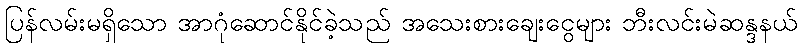
ပြန်လမ်းမရှိသော အာဂုံဆောင်နိုင်ခဲ့သည် အသေးစားချေးငွေများ ဘီးလင်းမဲဆန္ဒနယ်